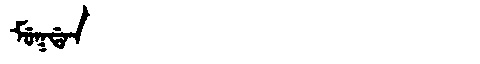
Manchu: ᠮᡠᡴᡩᠠᠨ
Romanization: MUKDAN